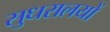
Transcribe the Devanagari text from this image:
सुधरालयों